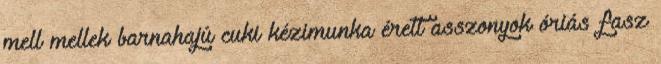
mell mellek barnahajú cuki kézimunka érett asszonyok óriás fasz